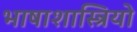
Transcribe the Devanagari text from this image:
भाषाशास्त्रियो